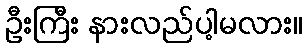
ဦးကြီး နားလည်ပါ့မလား။